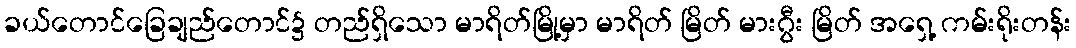
ခယ်တောင်ခြေချည်တောင်၌ တည်ရှိသော မာရိတ်မြို့မှာ မာရိတ် မြိတ် မားဂွီး မြိတ် အရှေ့ ကမ်းရိုးတန်း